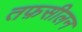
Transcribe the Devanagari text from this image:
तफ़सीलन